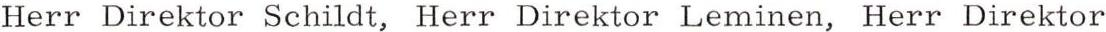
Herr Direktor Schildt, Herr Direktor Leminen, Herr Direktor